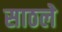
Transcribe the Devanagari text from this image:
साठले